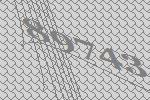
89743